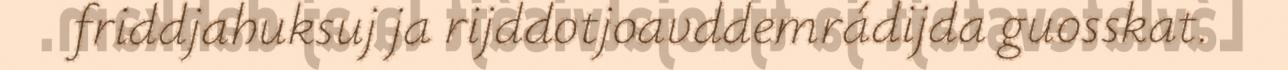
friddjahuksuj ja rijddotjoavddemrádijda guosskat.